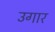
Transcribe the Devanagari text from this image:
उगार